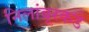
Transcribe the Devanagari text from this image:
निलांबूरकडे